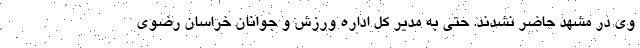
وی در مشهد حاضر نشدند. حتی به مدیر کل اداره ورزش و جوانان خراسان رضوی